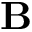
\textbf { B }